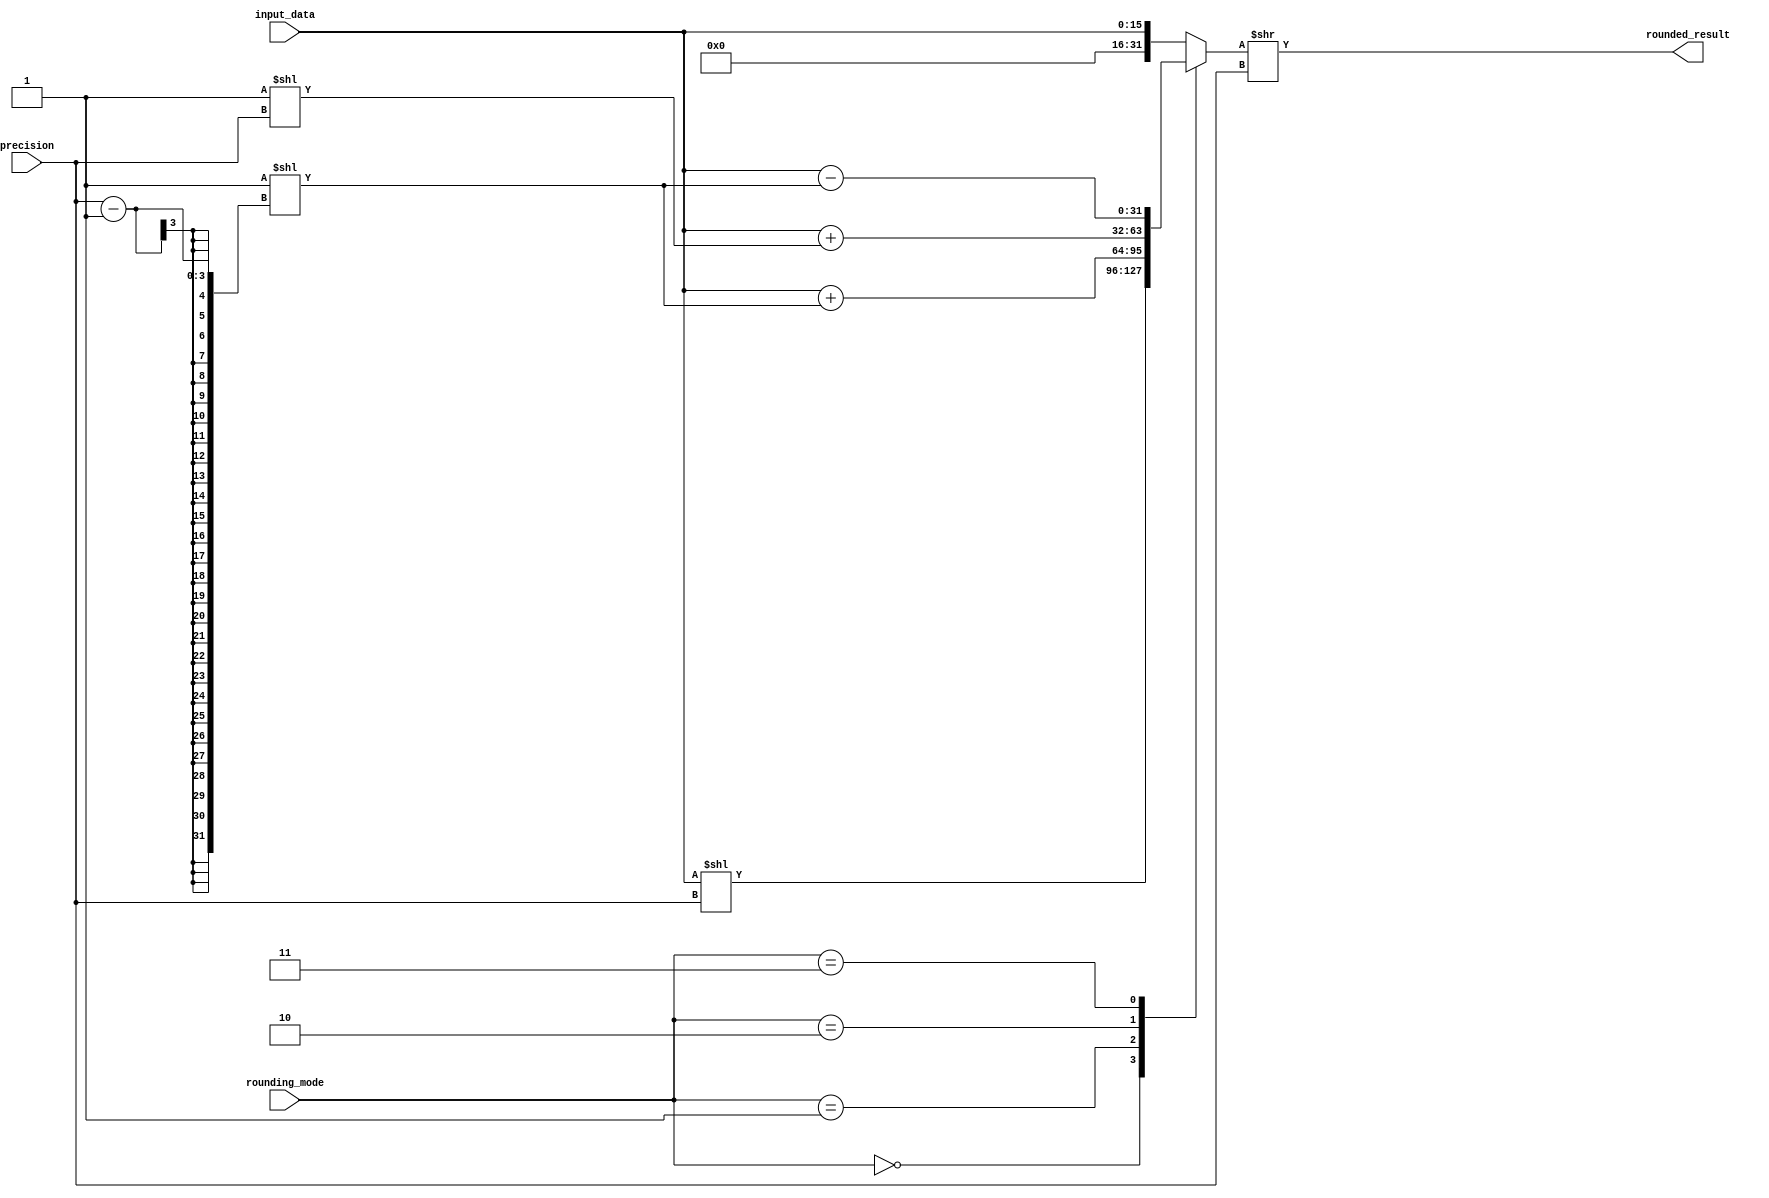
module FixedPointRoundingUnit (
    input wire [15:0] input_data,
    input wire [3:0] rounding_mode,
    input wire [2:0] precision,
    output reg [15:0] rounded_result
);

reg [31:0] temp_result;

always @* begin
    case (rounding_mode)
        4'b0000: temp_result = input_data << precision;
        4'b0001: temp_result = input_data + (1 << (precision - 1));
        4'b0010: temp_result = input_data + (1 << precision);
        4'b0011: temp_result = input_data - (1 << (precision - 1));
        default: temp_result = input_data;
    endcase
end

always @* begin
    rounded_result = temp_result >> precision;
end

endmodule